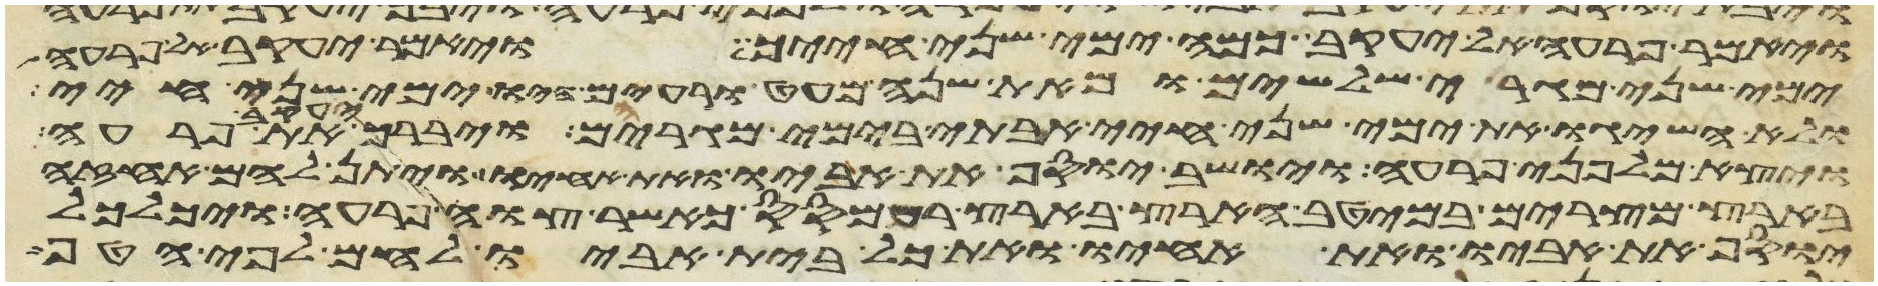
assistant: ויאמר פרעה אל יעקב כמה ימי שני חייך ויאמר יעקב אל פרעה
ימי שני מגרי שלשים ומאת שנה מעט ורעים היו ימי שני חיי
ולא השיגו את ימי שני חיי אבותי בימי מגריהם ויברך יעקב את פרעה
ויצא מלפני פרעה ויושב יוסף את אביו ואת אחיו ויתן להם אחזה
בארץ מצרים במיטב הארץ בארץ רעמסס כאשר צוה פרעה ויכלכל
יוסף את אביו ואת אחיו ואת כל בית אביו לחם לפי הטף